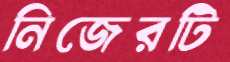
নিজেরটি